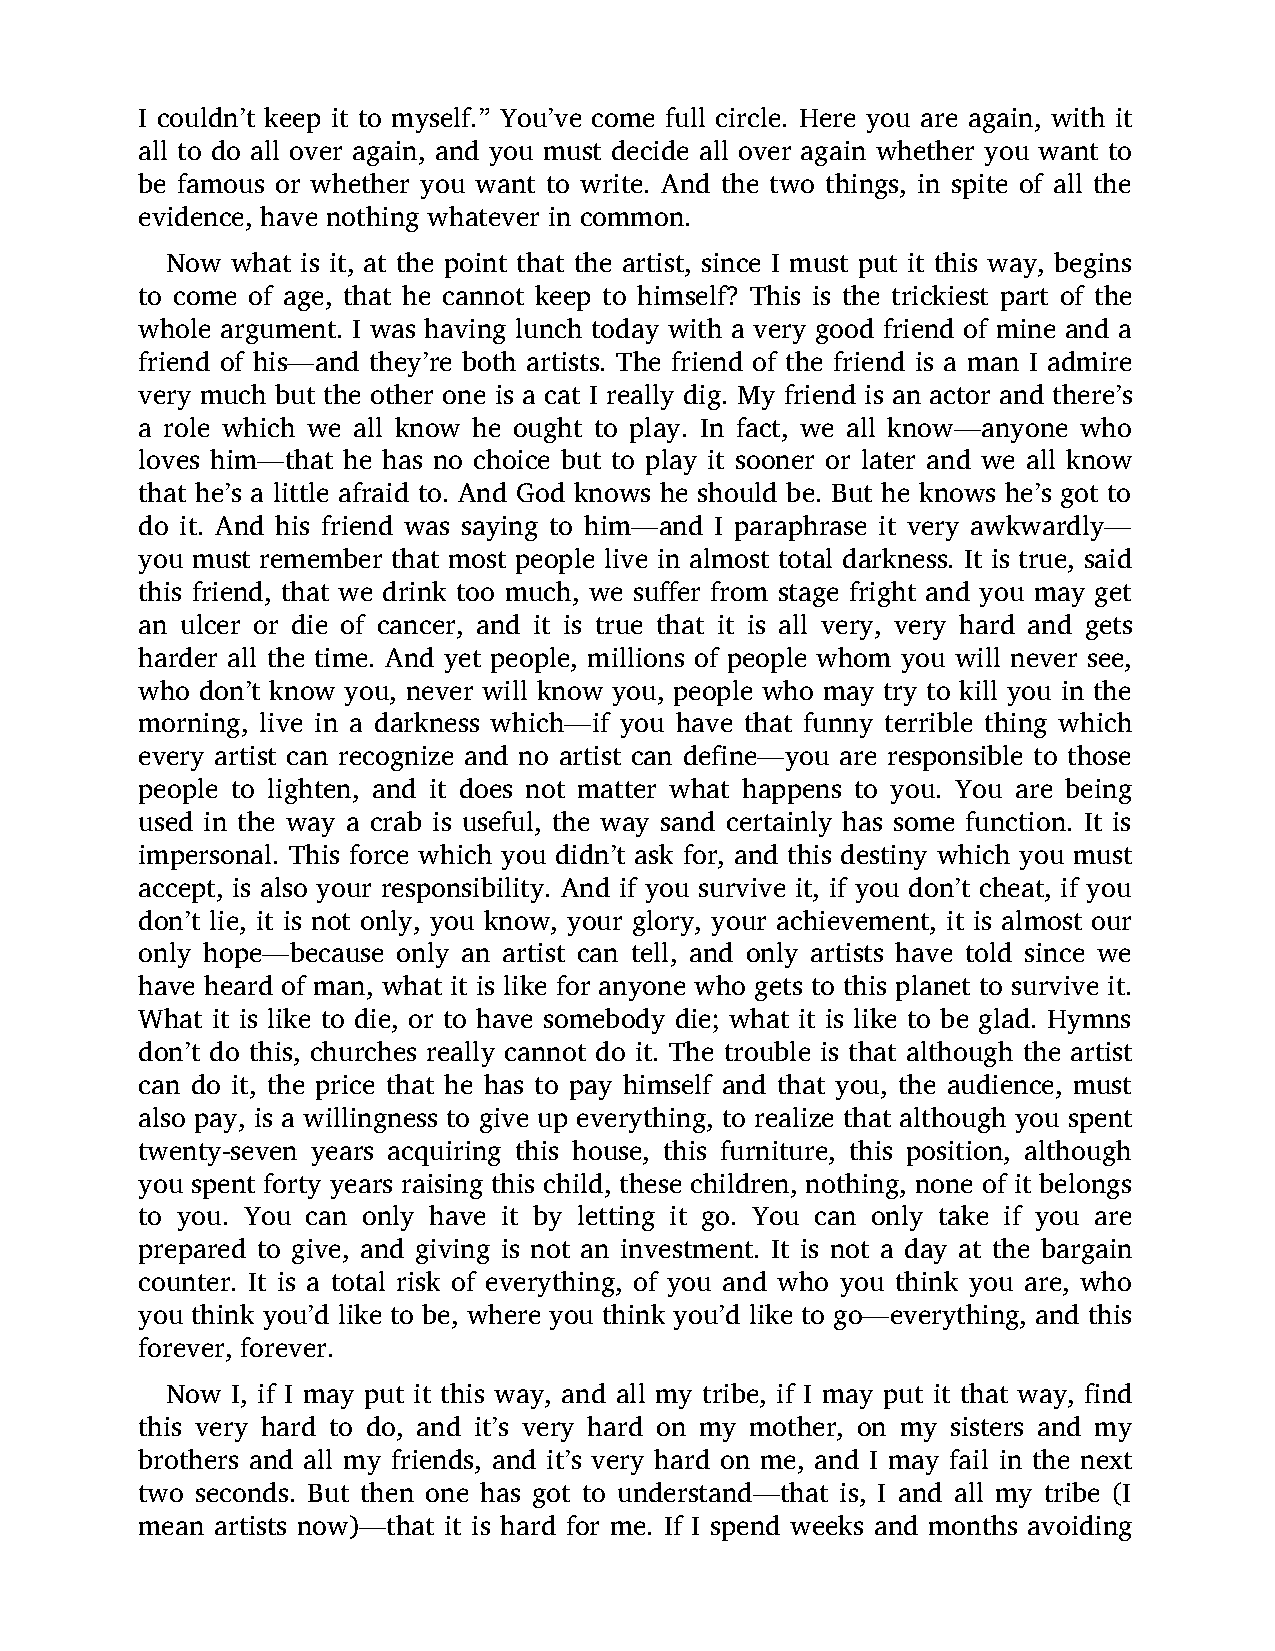
I couldn’t keep it to myself.” You’ve come full circle. Here you are again, with it
 all to do all over again, and you must decide all over again whether you want to
 be famous or whether you want to write. And the two things, in spite of all the
 evidence, have nothing whatever in common.
 Now what is it, at the point that the artist, since I must put it this way, begins
 to come of age, that he cannot keep to himself? This is the trickiest part of the
 whole argument. I was having lunch today with a very good friend of mine and a
 friend of his—and they’re both artists. The friend of the friend is a man I admire
 very much but the other one is a cat I really dig. My friend is an actor and there’s
 a role which we all know he ought to play. In fact, we all know—anyone who
 loves him—that he has no choice but to play it sooner or later and we all know
 that he’s a little afraid to. And God knows he should be. But he knows he’s got to
 do it. And his friend was saying to him—and I paraphrase it very awkwardly—
 you must remember that most people live in almost total darkness. It is true, said
 this friend, that we drink too much, we suffer from stage fright and you may get
 an ulcer or die of cancer, and it is true that it is all very, very hard and gets
 harder all the time. And yet people, millions of people whom you will never see,
 who don’t know you, never will know you, people who may try to kill you in the
 morning, live in a darkness which—if you have that funny terrible thing which
 every artist can recognize and no artist can define—you are responsible to those
 people to lighten, and it does not matter what happens to you. You are being
 used in the way a crab is useful, the way sand certainly has some function. It is
 impersonal. This force which you didn’t ask for, and this destiny which you must
 accept, is also your responsibility. And if you survive it, if you don’t cheat, if you
 don’t lie, it is not only, you know, your glory, your achievement, it is almost our
 only hope—because only an artist can tell, and only artists have told since we
 have heard of man, what it is like for anyone who gets to this planet to survive it.
 What it is like to die, or to have somebody die; what it is like to be glad. Hymns
 don’t do this, churches really cannot do it. The trouble is that although the artist
 can do it, the price that he has to pay himself and that you, the audience, must
 also pay, is a willingness to give up everything, to realize that although you spent
 twenty-seven years acquiring this house, this furniture, this position, although
 you spent forty years raising this child, these children, nothing, none of it belongs
 to you. You can only have it by letting it go. You can only take if you are
 prepared to give, and giving is not an investment. It is not a day at the bargain
 counter. It is a total risk of everything, of you and who you think you are, who
 you think you’d like to be, where you think you’d like to go—everything, and this
 forever, forever.
 Now I, if I may put it this way, and all my tribe, if I may put it that way, find
 this very hard to do, and it’s very hard on my mother, on my sisters and my
 brothers and all my friends, and it’s very hard on me, and I may fail in the next
 two seconds. But then one has got to understand—that is, I and all my tribe (I
 mean artists now)—that it is hard for me. If I spend weeks and months avoiding